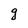
Character: g